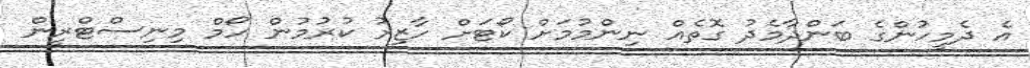
އެ ދެމީހުންގެ ބަންދާމެދު ގޮތެއް ނިންމުމަށް ކޯޓަށް ހާޒިރު ކުރުމުން ހޯމް މިނިސްޓްރީން